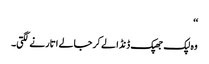
‘‘
وہ لپک جھپک ڈنڈا لے کر جالے اتارنے لگتی۔